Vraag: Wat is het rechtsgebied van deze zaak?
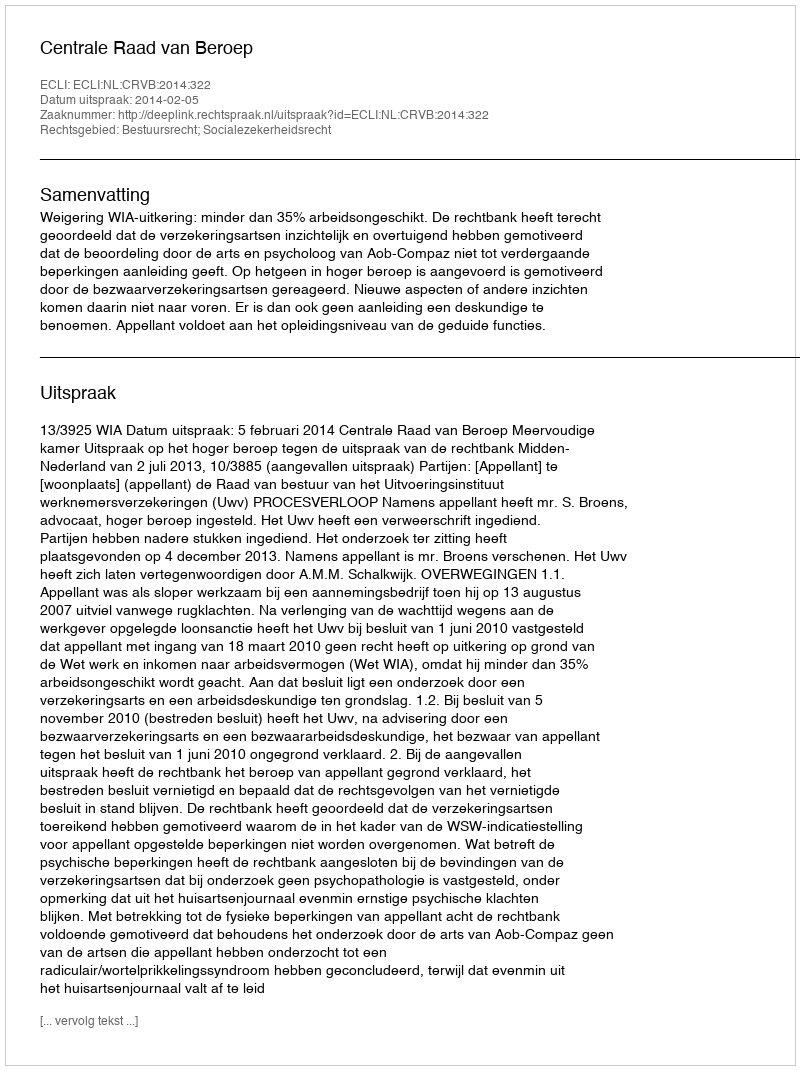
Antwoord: Bestuursrecht; Socialezekerheidsrecht